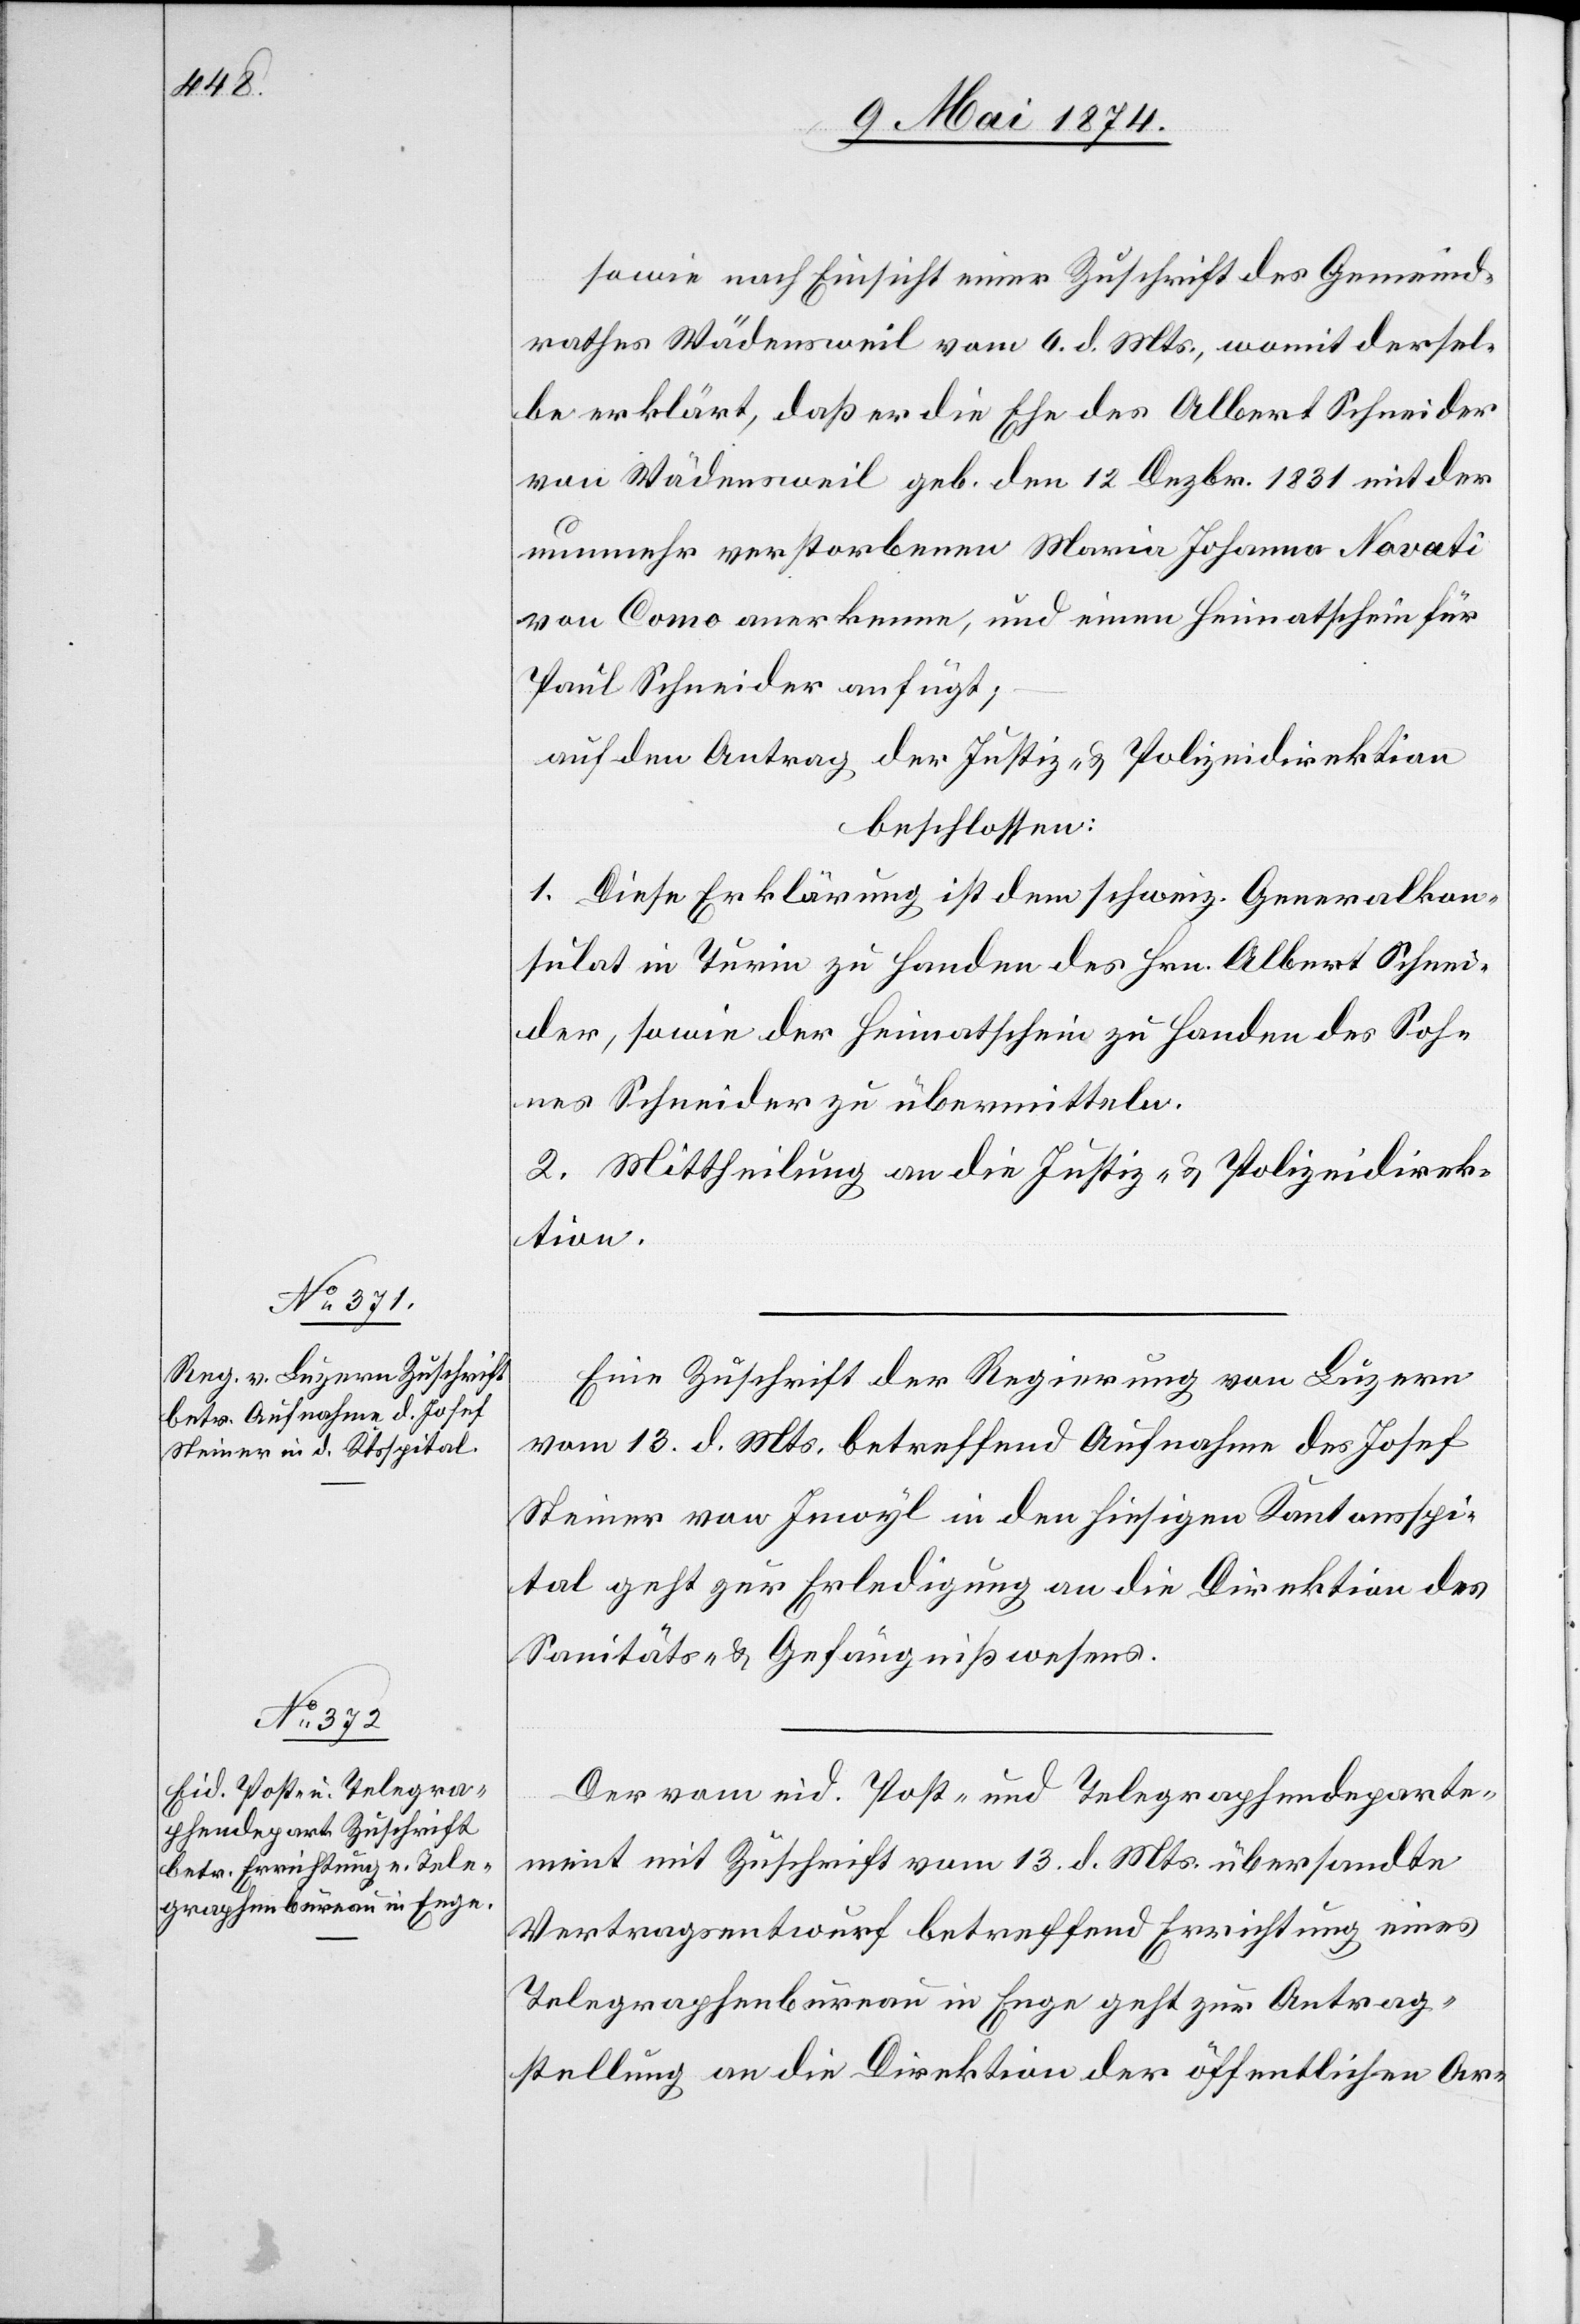
15. Mai 1874]
sowie nach Einsicht einer Zuschrift des Gemeind¬
rathes Wädensweil vom 6. d. Mts., womit dersel¬
be erklärt, daß er die Ehe des Albert Schneider
von Wädenweil geb. den 12. Dezbr. 1831 mit der
nunmehr verstorbenen Maria Johanna Novati
von Como [sic!] anerkenne, und einen Heimathschein für
Paul Schneider anfügt;
auf den Antrag der Justiz- u. Polizeidirektion
beschlossen:
1. Diese Erklärung ist dem schweiz. Generalkon¬
sulat in Turin zu Handen des Hrn. Albert Schnei¬
der, sowie der Heimatschein zu Handen des Soh¬
nes Schneider zu übermitteln.
2. Mittheilung an die Justiz- u. Polizeidirek¬
tion.
Eine Zuschrift der Regierung von Luzern
vom 13. d. Mts., betreffend Aufnahme des Josef
Steiner von Inwyl in den hiesigen Kantonsspi¬
tal geht zur Erledigung an die Direktion des
Sanitäts- u. Gefängnißwesens.
Der vom eid. Post- und Telegraphendeparte¬
ment mit Zuschrift vom 13. d. Mts. übersandte
Vertragsentwurf betreffend Errichtung eines
Telegraphenbureau in Enge geht zur Antrag¬
stellung an die Direktion der öffentlichen Ar-